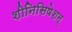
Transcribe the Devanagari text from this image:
शीनिसिषेशन्